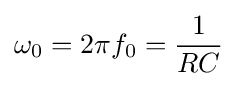
\omega _{0}=2\pi f_{0}={\frac {1}{RC}}